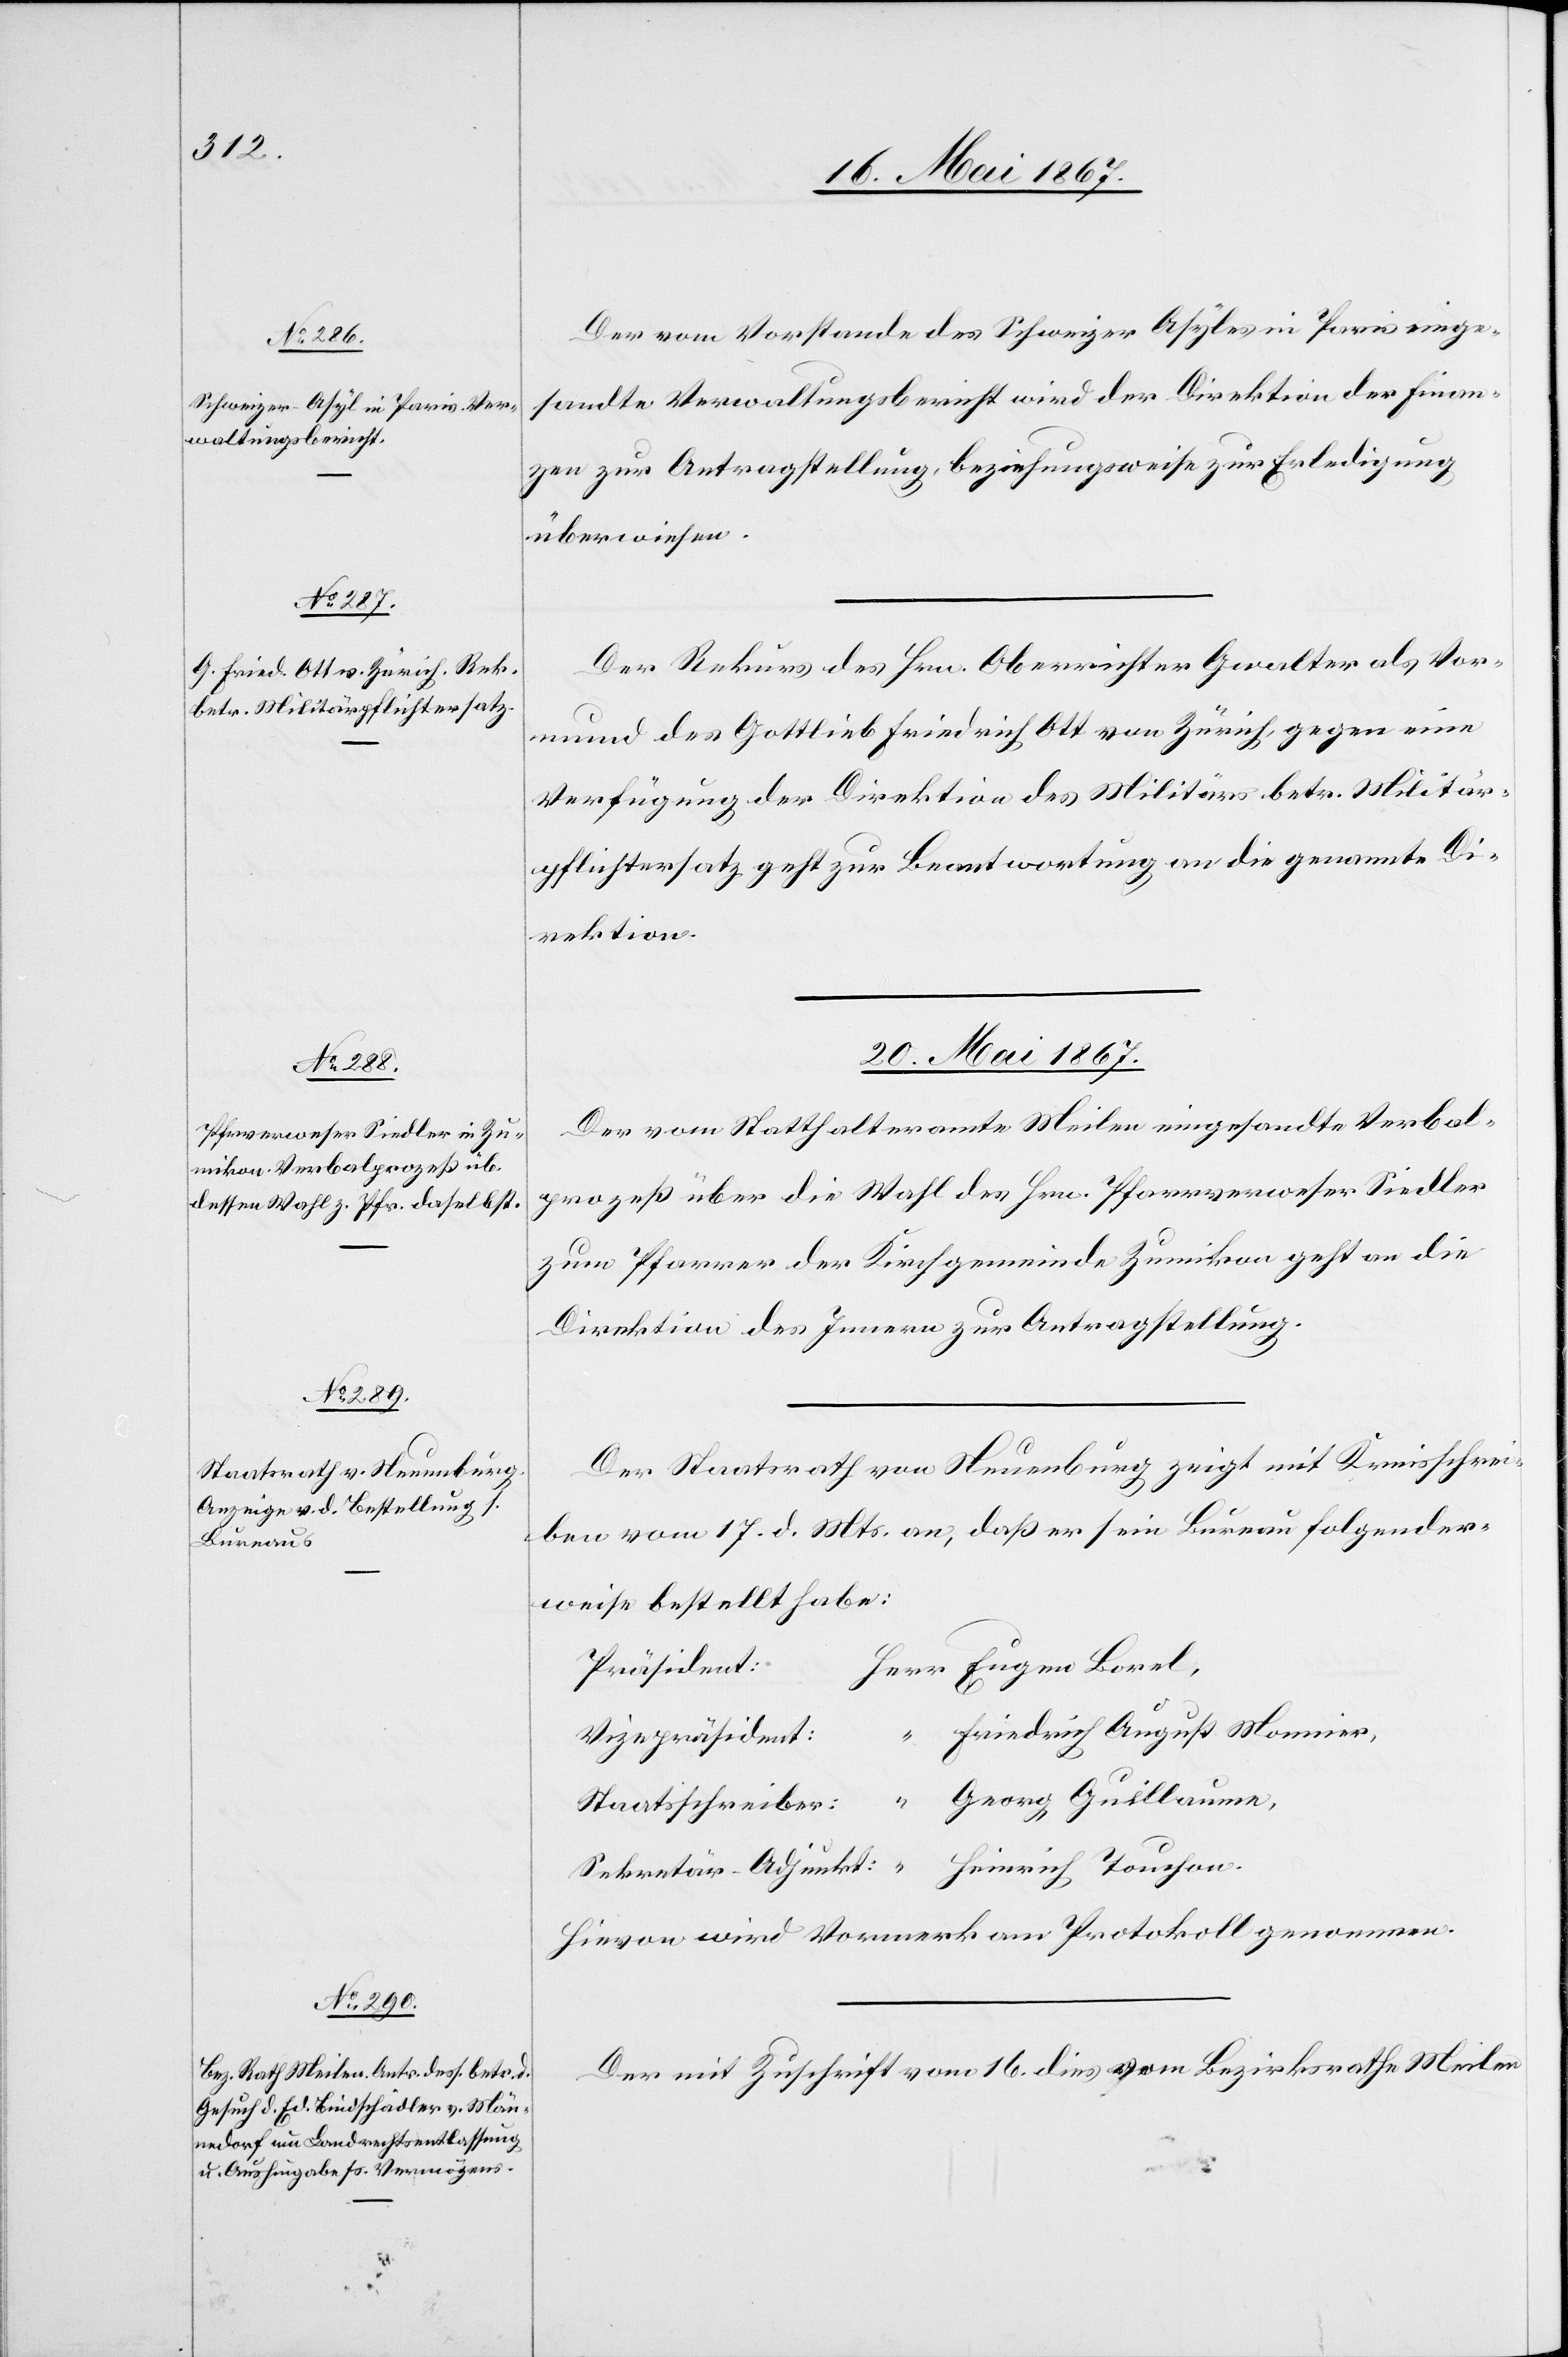
17. Mai 1867.]
Der vom Vorstande des Schweizer Asyles in Paris einge¬
sandte Verwaltungsbericht wird der Direktion der Finan¬
zen zur Antragstellung, beziehungsweise zur Erledigung
überwiesen.
Der Rekurs des Hrn. Oberrichter Gwalter als Vor¬
mund des Gottlieb Friedrich Ott von Zürich, gegen eine
Verfügung der Direktion des Militärs betr. Militär¬
pflichtersatz geht zur Beantwortung an die genannte D¬
irektion.
20. Mai 1867.]
Der vom Statthalteramt Meilen eingesandte Verbal¬
prozeß über die Wahl des Hrn. Pfarrverweser Siedler
zum Pfarrer der Kirchgemeinde Zumikon geht an die
Direktion des Innern zur Antragstellung.
Der Staatsrath von Neuenburg zeigt mit Kreisschrei¬
ben vom 17. d. Mts. an, daß er sein Bureau folgender¬
weise bestellt habe:
Präsident:
Friedrich August Monnier,
Vizepräsident:
Hievon wird Vormerk am Protokoll genommen.
Der mit Zuschrift vom 16. dies vom Bezirksrathe Meilen